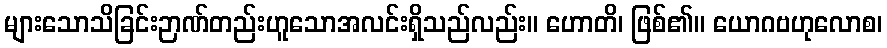
များသောသိခြင်းဉာဏ်တည်းဟူသောအလင်းရှိသည်လည်း။ ဟောတိ၊ ဖြစ်၏။ ယောဂဗဟုလောစ၊